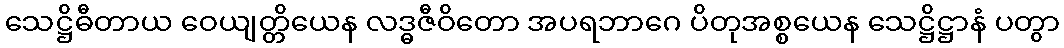
သေဋ္ဌိဓီတာယ ဝေယျတ္တိယေန လဒ္ဓဇီဝိတော အပရဘာဂေ ပိတုအစ္စယေန သေဋ္ဌိဋ္ဌာနံ ပတွာ